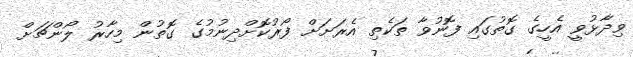
ވިދާޅުވީ އެހީގެ ގޮތުގައި ފޮނުވާ ތަކެތި އެރަށަށް ފޯރުކޮށްދިނުމުގެ ގޮތުން މިހާރު ލޯންޗަށް